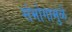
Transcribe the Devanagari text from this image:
संभोगामुळे